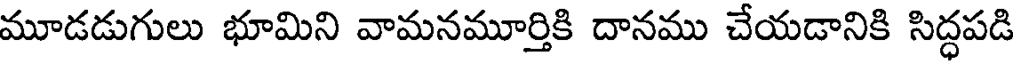
మూడడుగులు భూమిని వామనమూర్తికి దానము చేయడానికి సిద్ధపడి